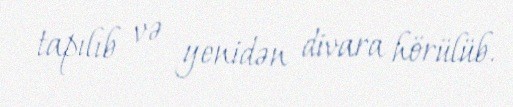
tapılıb və yenidən divara hörülüb.